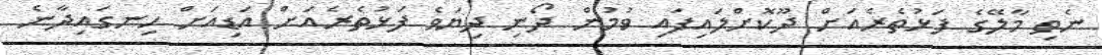
ނެތި މާލޭގެ ފަޅުތެރެއަށް ދޫކޮށްލައިފައި ވުމުން ދޯނި ދިޔަވެ ފަޅުތެރެއަށް އަޑިއަށް ހިނގައިދާނެ